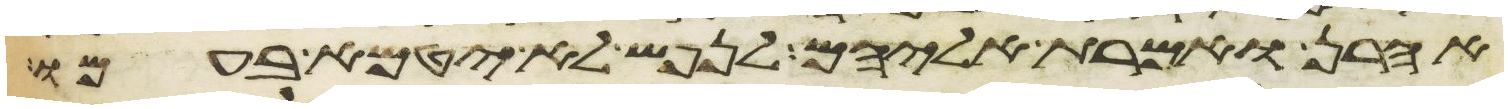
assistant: אהרן ואמרת אליהם לנפש לא יטמא בעמו